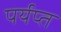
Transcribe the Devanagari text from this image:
पर्यप्त